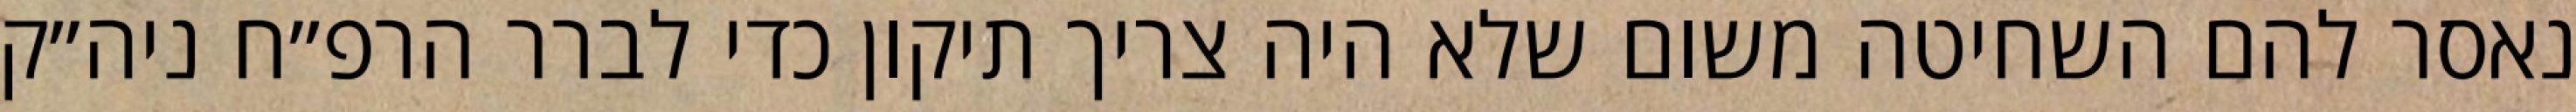
נאסר להם השחיטה משום שלא היה צריך תיקון כדי לברר הרפ״ח ניה״ק